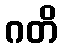
ဂတိ